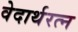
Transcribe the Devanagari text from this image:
वेदार्थरत्न